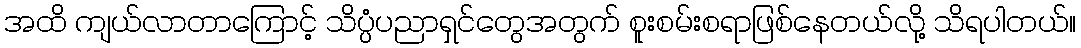
အထိ ကျယ်လာတာကြောင့် သိပ္ပံပညာရှင်တွေအတွက် စူးစမ်းစရာဖြစ်နေတယ်လို့ သိရပါတယ်။